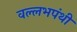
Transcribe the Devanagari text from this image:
वल्लभपंथी